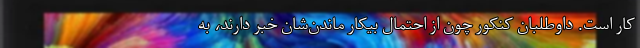
کار است. داوطلبان کنکور چون از احتمال بیکار ماندن‌شان خبر دارند، به